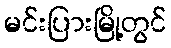
မင်းပြားမြို့တွင်